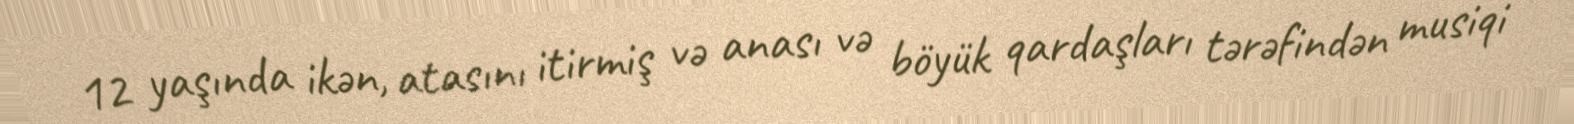
12 yaşında ikən, atasını itirmiş və anası və böyük qardaşları tərəfindən musiqi